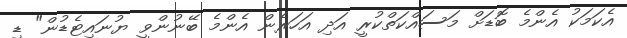
އެކަމަކު އެންމެ ބޮޑަށް މަސައްކަތްކުރީ އަދި އަހަރެން އެންމެ ބޭނުންވީ ޔުނައިޓެޑުން" ޑި